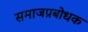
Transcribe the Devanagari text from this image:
समाजप्रबोधक